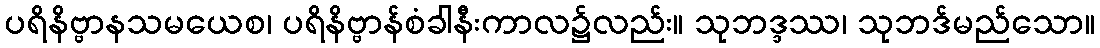
ပရိနိဗ္ဗာနသမယေစ၊ ပရိနိဗ္ဗာန်စံခါနီးကာလ၌လည်း။ သုဘဒ္ဒဿ၊ သုဘဒ်မည်သော။